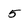
Character: 5